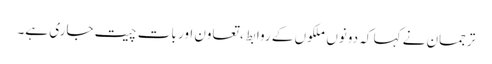
ترجمان نے کہا کہ دونوں ملکوں کے روابط، تعاون اور بات چیت جاری ہے۔